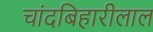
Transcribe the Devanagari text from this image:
चांदबिहारीलाल